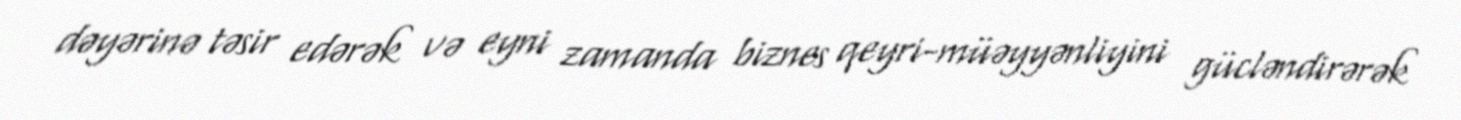
dəyərinə təsir edərək və eyni zamanda biznes qeyri-müəyyənliyini gücləndirərək